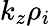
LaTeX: k_{z}\rho_{i}